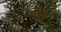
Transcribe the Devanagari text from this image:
मौझा